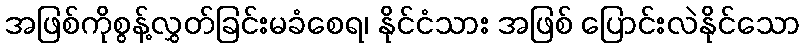
အဖြစ်ကိုစွန့်လွှတ်ခြင်းမခံစေရ၊ နိုင်ငံသား အဖြစ် ပြောင်းလဲနိုင်သော